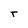
Character: T